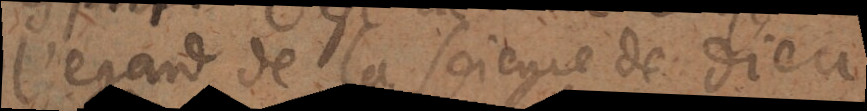
l’egard de la science de Dieu,